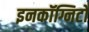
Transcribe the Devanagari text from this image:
इनकॉग्निटो